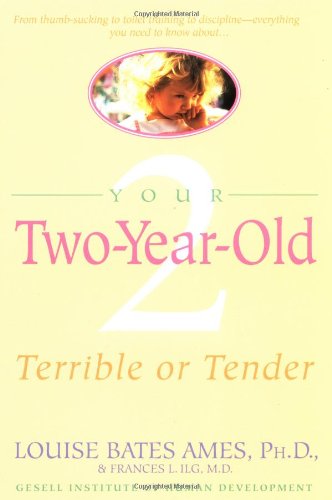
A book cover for Your Two-Year-Old: Terrible or Tender; Louise Bates Ames; Parenting & Relationships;